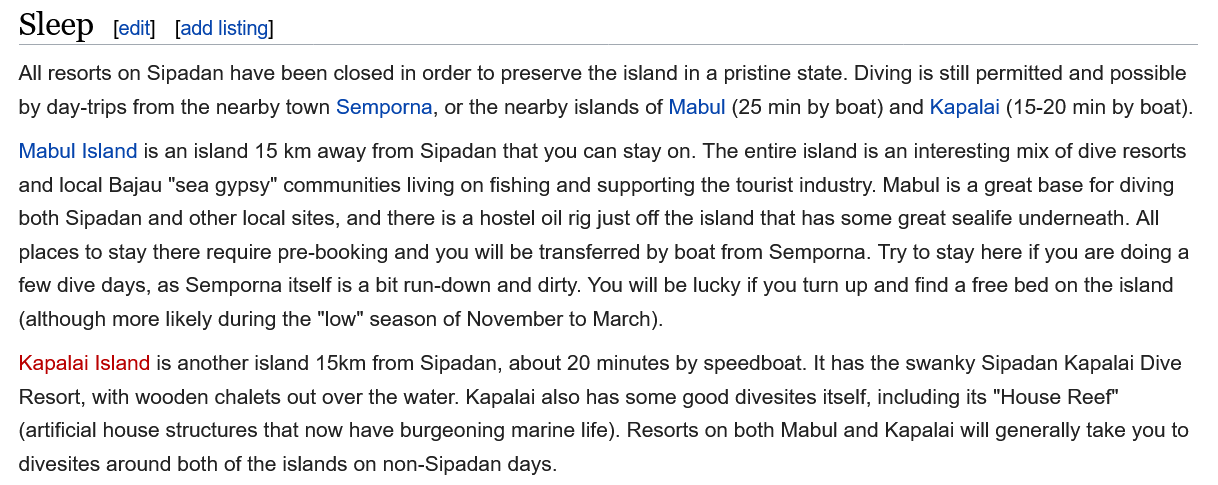
[add listing]
  All resorts on Sipadan have been closed in order to preserve the island in
  a
     pristine state. Diving is still permitted and possible
  by day-trips from the nearby town Semporna, or the nearby islands of Mabul (25 min by boat) and Kapalai (15-20 min by boat).
  Mabul Island is an island 15 km away from Sipadan that you can stay on. The entire island is an interesting mix of dive resorts
  and local Bajau "sea gypsy" communities living on fishing and supporting the tourist industry. Mabul is a great base for diving
  both Sipadan and other local sites, and there is a hostel oil rig just off the island that has some great sealife underneath. All
  places to stay there require pre-booking and you will be transferred by boat from Semporna. Try to stay here if you are doing a
  few dive days, as Semporna itself is a bit run-down and dirty. You will be lucky if you turn up and find a free bed on the island
  (although more likely during the "low" season of November to March).
  Kapalai Island is another island 15km from Sipadan, about 20 minutes by speedboat. It has the swanky Sipadan Kapalai Dive
  Resort, with wooden chalets out over the water. Kapalai also has some good divesites itself, including its "House Reef"
  (artificial house structures that now have burgeoning marine life). Resorts on both Mabul and Kapalai will generally take you to
  divesites around both of the islands on non-Sipadan days.